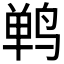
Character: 𫛴